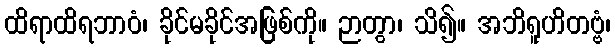
ထိရာထိရဘာဝံ၊ ခိုင်မခိုင်အဖြစ်ကို။ ဉာတွာ၊ သိ၍။ အဘိရူဟိတဗ္ဗံ၊